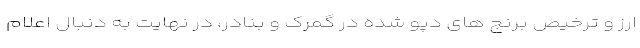
ارز و ترخیص برنج های دپو شده در گمرک و بنادر، در نهایت به دنبال اعلام